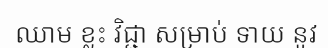
ឈាម ខ្លះ វិជ្ជា សម្រាប់ ទាយ នូវ